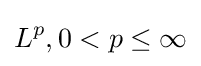
L^{p},0<p\leq \infty